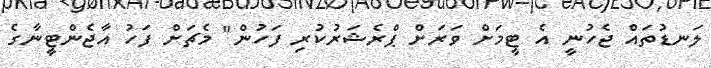
ލަނޑުތައް ޖެހުނީ އެ ޓީމަށް ވަރަށް ޕްރެޝަރުކުރި ފަހުން" މެޗަށް ފަހު އާޖެންޓީނާގެ